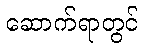
ဆောက်ရာတွင်